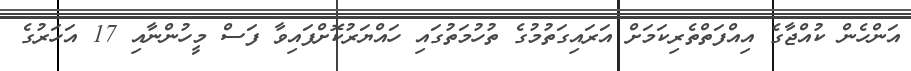
އަންހެން ކުއްޖާގެ އިއްފަތްތެރިކަމަށް އަރައިގަތުމުގެ ތުހުމަތުގައި ހައްޔަރުކޮށްފައިވާ ފަސް މީހުންނާއި 17 އަހަރުގެ